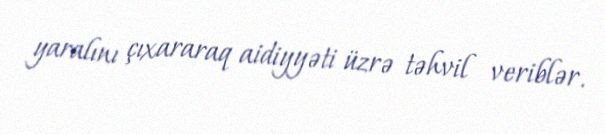
yaralını çıxararaq aidiyyəti üzrə təhvil veriblər.